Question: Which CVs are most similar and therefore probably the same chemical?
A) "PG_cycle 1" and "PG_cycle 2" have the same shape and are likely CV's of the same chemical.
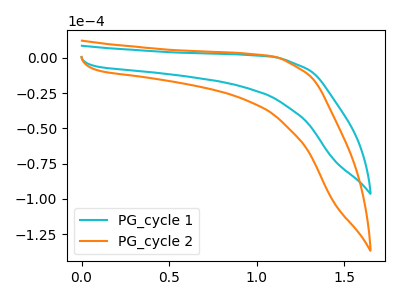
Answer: <think>The cyan curve "PG_cycle 1" has no peaks. The orange curve "PG_cycle 2" has no peaks.
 Neither "PG_cycle 1" or "PG_cycle 2" have any peaks.</think>
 <answer>A) "PG_cycle 1" and "PG_cycle 2" have the same shape and are likely CV's of the same chemical.</answer>
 <eval>A</eval>